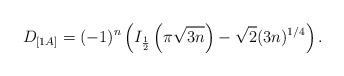
LaTeX: \begin{align*}D_{[1A]}=(-1)^{n}\left(I_{\frac 12}\left(\pi\sqrt{3n}\right)-\sqrt{2}(3n)^{1/4}\right).\end{align*}